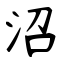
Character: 沼